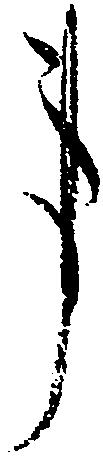
事